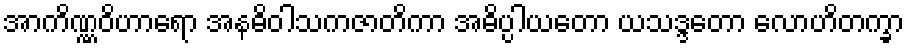
အာကိဏ္ဏဝိဟာရော အနဓိဝါသကဇာတိကာ အဓိပ္ပါယတော ယသဒ္ဒတော လောဟိတက္ခာ